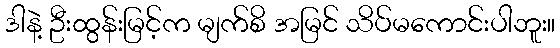
ဒါနဲ့ ဦးထွန်းမြင့်က မျက်စိ အမြင် သိပ်မကောင်းပါဘူး။